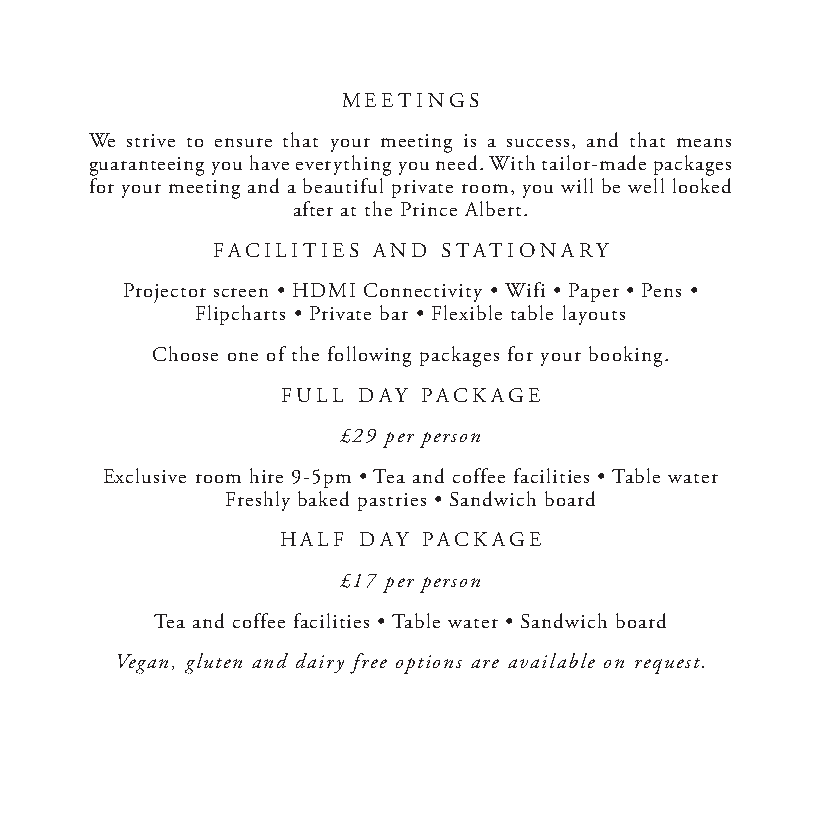
MEETINGS
 We strive to ensure that your meeting is a success, and that means
 guaranteeing you have everything you need. With tailor-made packages
 for your meeting and a beautiful private room, you will be well looked
 after at the Prince Albert.
 FACILITIES AND STATIONARY
 Projector screen • HDMI Connectivity • Wifi • Paper • Pens •
 Flipcharts • Private bar • Flexible table layouts
 Choose one of the following packages for your booking.
 FULL DAY PACKAGE
 £29 per person
 Exclusive room hire 9-5pm • Tea and coffee facilities • Table water
 Freshly baked pastries • Sandwich board
 HALF DAY PACKAGE
 £17 per person
 Tea and coffee facilities • Table water • Sandwich board
 Vegan, gluten and dairy free options are available on request.